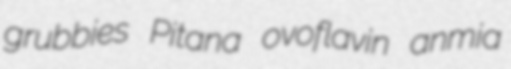
grubbies Pitana ovoflavin anmia